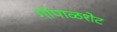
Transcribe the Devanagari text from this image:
गोपाळशेट